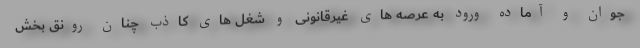
جوان و آماده ورود به عرصه های غیرقانونی و شغل های کاذب چنان رونق بخش